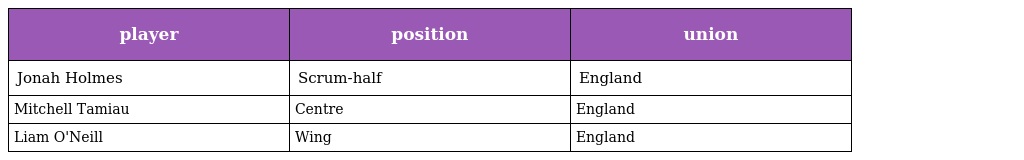
| player | position | union |
 | --- | --- | --- |
 | Jonah Holmes | Scrum-half | England |
 | Mitchell Tamiau | Centre | England |
 | Liam O'Neill | Wing | England |